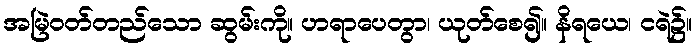
အမြဲဝတ်တည်သော ဆွမ်းကို။ ဟရာပေတွာ၊ ယုတ်စေ၍။ နိရယေ၊ ငရဲ၌။